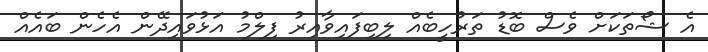
އެ ޝޯތަކަށް ވެސް ބޮޑު ތަރުހީބެއް ލިބިފައިވާއިރު ފިލްމު އަޅުވައިދޭން އެހެން ބައެއް